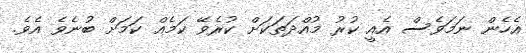
އެހެން ނަމަވެސް އެއީ ކުރު މުއްދަތަކަށް ކުރެވޭ ކަމެއް ކަމަށް ބުނެވެ އެވެ.